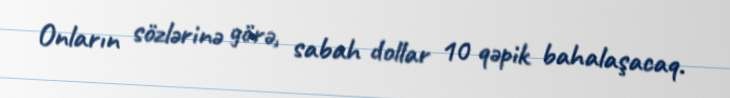
Onların sözlərinə görə, sabah dollar 10 qəpik bahalaşacaq.